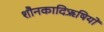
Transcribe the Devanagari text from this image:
शौनकादिऋषियों